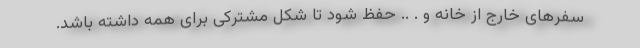
سفرهای خارج از خانه و . .. حفظ شود تا شکل مشترکی برای همه داشته باشد.